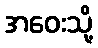
အဝေးသို့